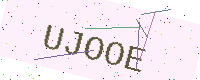
Text: UJOOE